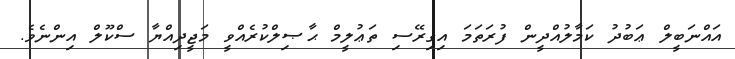
އައްނަބީލް ޢަބުދު ކަމާލުއްދީން ފުރަތަމަ އިގިރޭސި ތަޢުލީމް ޙާޞިލްކުރެއްވީ މަޖީދިއްޔާ ސްކޫލް އިންނެވެ.